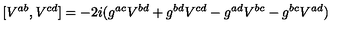
[ V ^ { a b } , V ^ { c d } ] = - 2 i ( g ^ { a c } V ^ { b d } + g ^ { b d } V ^ { c d } - g ^ { a d } V ^ { b c } - g ^ { b c } V ^ { a d } )